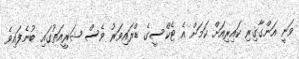
ވަނީ އަންގާގިރި ކައިރިއަށް ކަމަށް އެ ޓެކްސީގެ ޑްރައިވަރު ވެސް ޝަރީއަތުގައި ބުނެފައިވެ